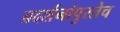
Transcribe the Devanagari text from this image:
प्रदर्शनांपुरतेच